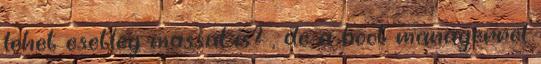
lehet esetleg massal is? , de a boot managerrel